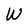
Character: W